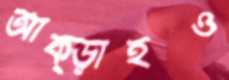
আঁক্‌ড়াইও